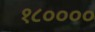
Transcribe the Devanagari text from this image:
१८००००